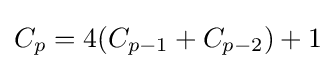
C_{p}=4(C_{p-1}+C_{p-2})+1